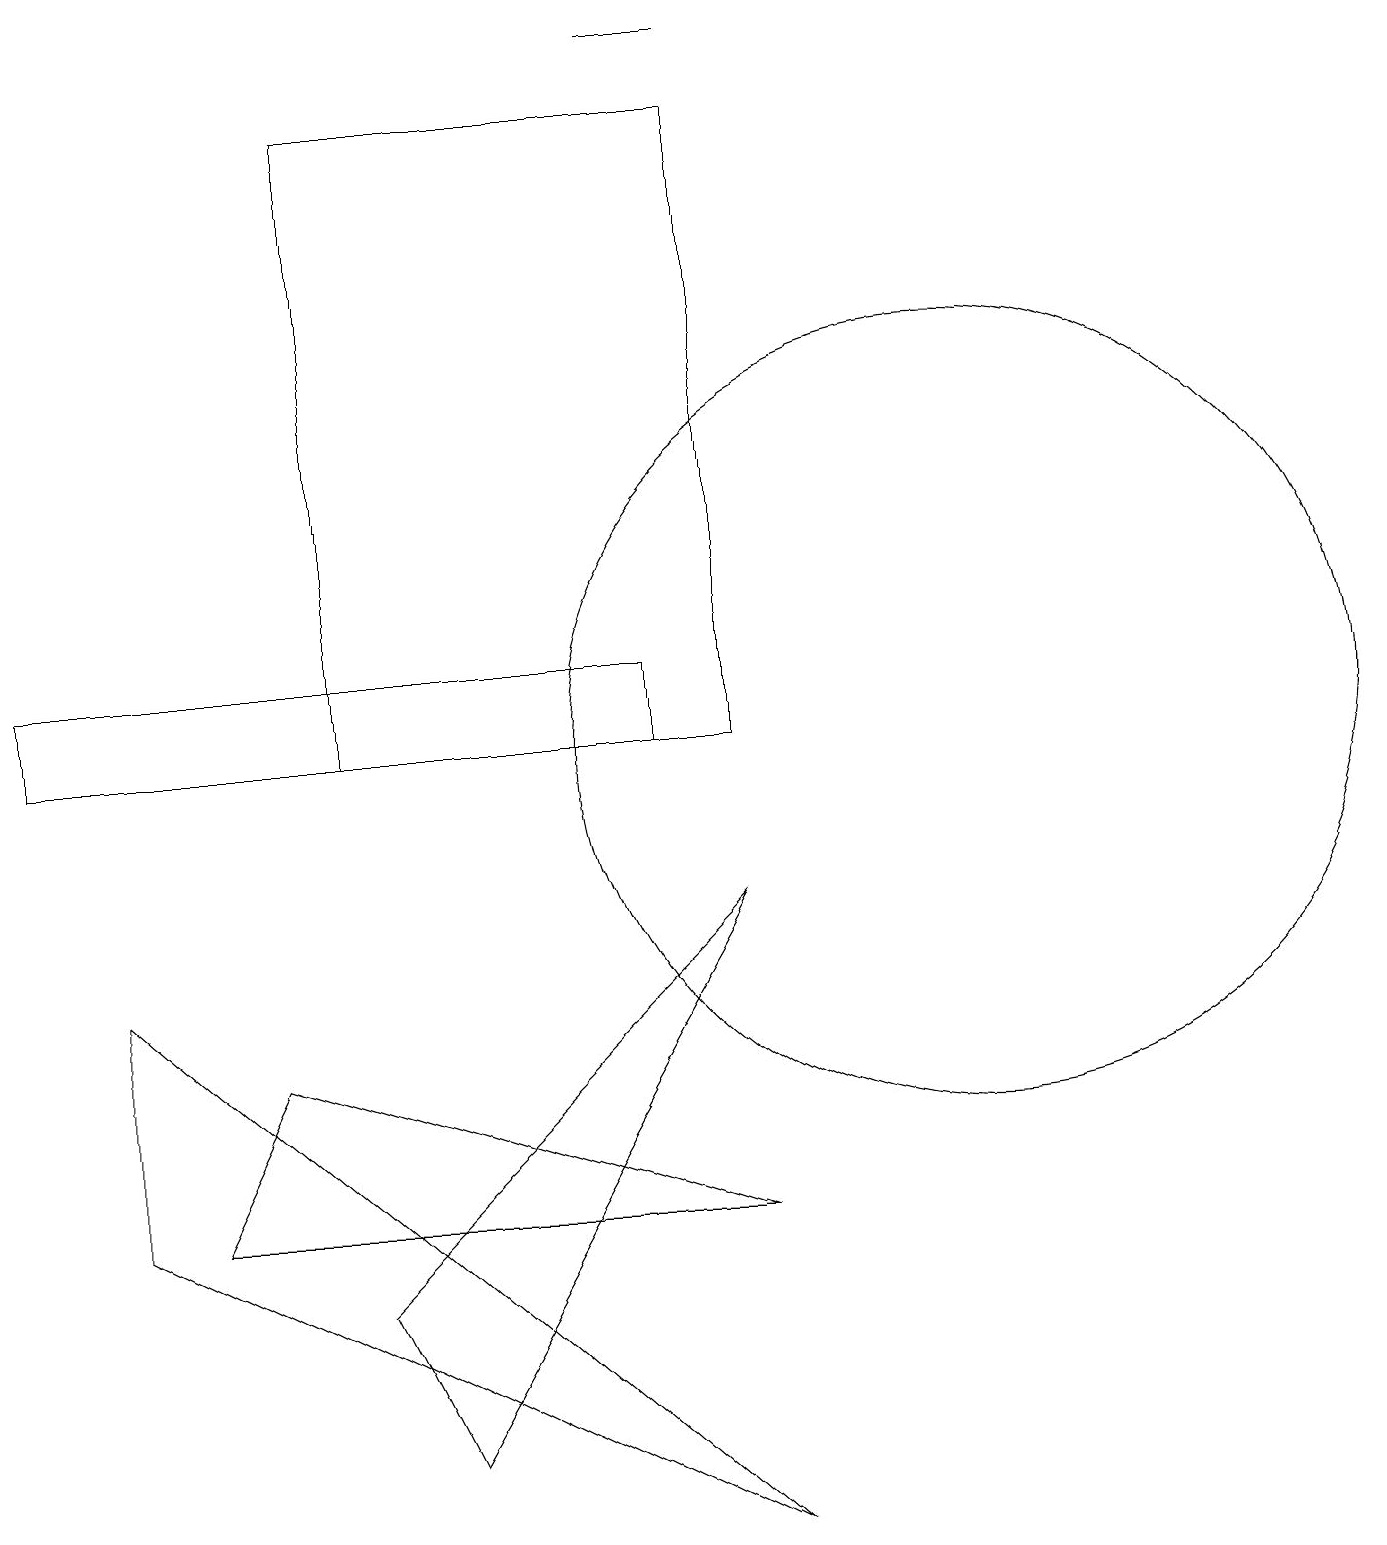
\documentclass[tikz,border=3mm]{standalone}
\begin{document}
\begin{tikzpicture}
\draw (5,1) -- (9,8) -- (4,3) -- cycle;
\draw (9,19) rectangle (8,19);
\draw (3,6) -- (9,4) -- (2,4) -- cycle;
\draw (1,7) -- (1,4) -- (9,0) -- cycle;
\draw (8,11) rectangle (0,10);
\draw (4,10) rectangle (9,18);
\draw (12,10) circle (5);
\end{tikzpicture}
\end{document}